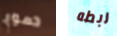
دموع ربطه